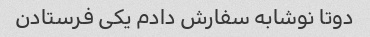
دوتا نوشابه سفارش دادم یکی فرستادن